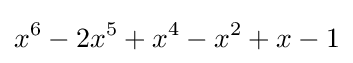
x^{6}-2x^{5}+x^{4}-x^{2}+x-1